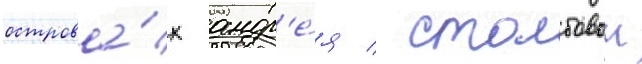
острова́х андр'е́я / столбовои